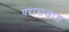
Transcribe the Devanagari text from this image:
परासखाड़